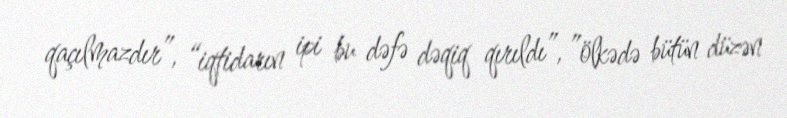
qaçılmazdır”, “iqtidarın ipi bu dəfə dəqiq qırıldı”, ”ölkədə bütün düzən